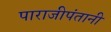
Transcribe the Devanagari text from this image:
पाराजीपंतानी